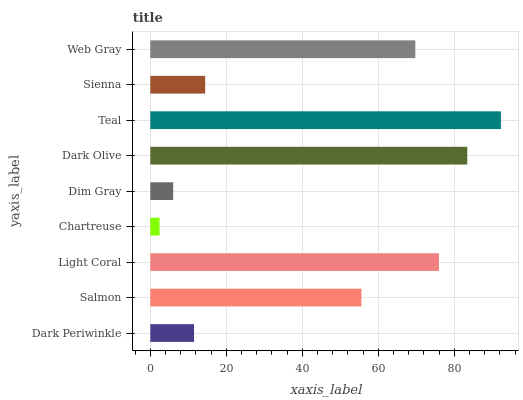
| yaxis_label | bars |
 | --- | --- |
 | Dark Periwinkle | 11.5 |
 | Salmon | 55.6 |
 | Light Coral | 76 |
 | Chartreuse | 2.43 |
 | Dim Gray | 6.01 |
 | Dark Olive | 83.4 |
 | Teal | 92.3 |
 | Sienna | 14.4 |
 | Web Gray | 69.8 |